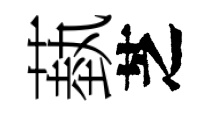
蓺芝